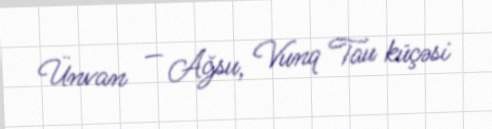
Ünvan — Ağsu, Vunq Tau küçəsi